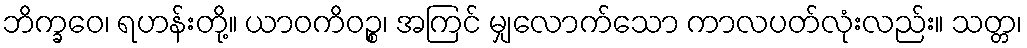
ဘိက္ခဝေ၊ ရဟန်းတို့။ ယာဝကိဝဉ္စ၊ အကြင် မျှလောက်သော ကာလပတ်လုံးလည်း။ သတ္တ၊